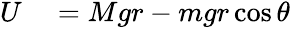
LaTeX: \begin{array}{rl}{U}&{{}=Mgr-mgr\cos{\theta}}\end{array}